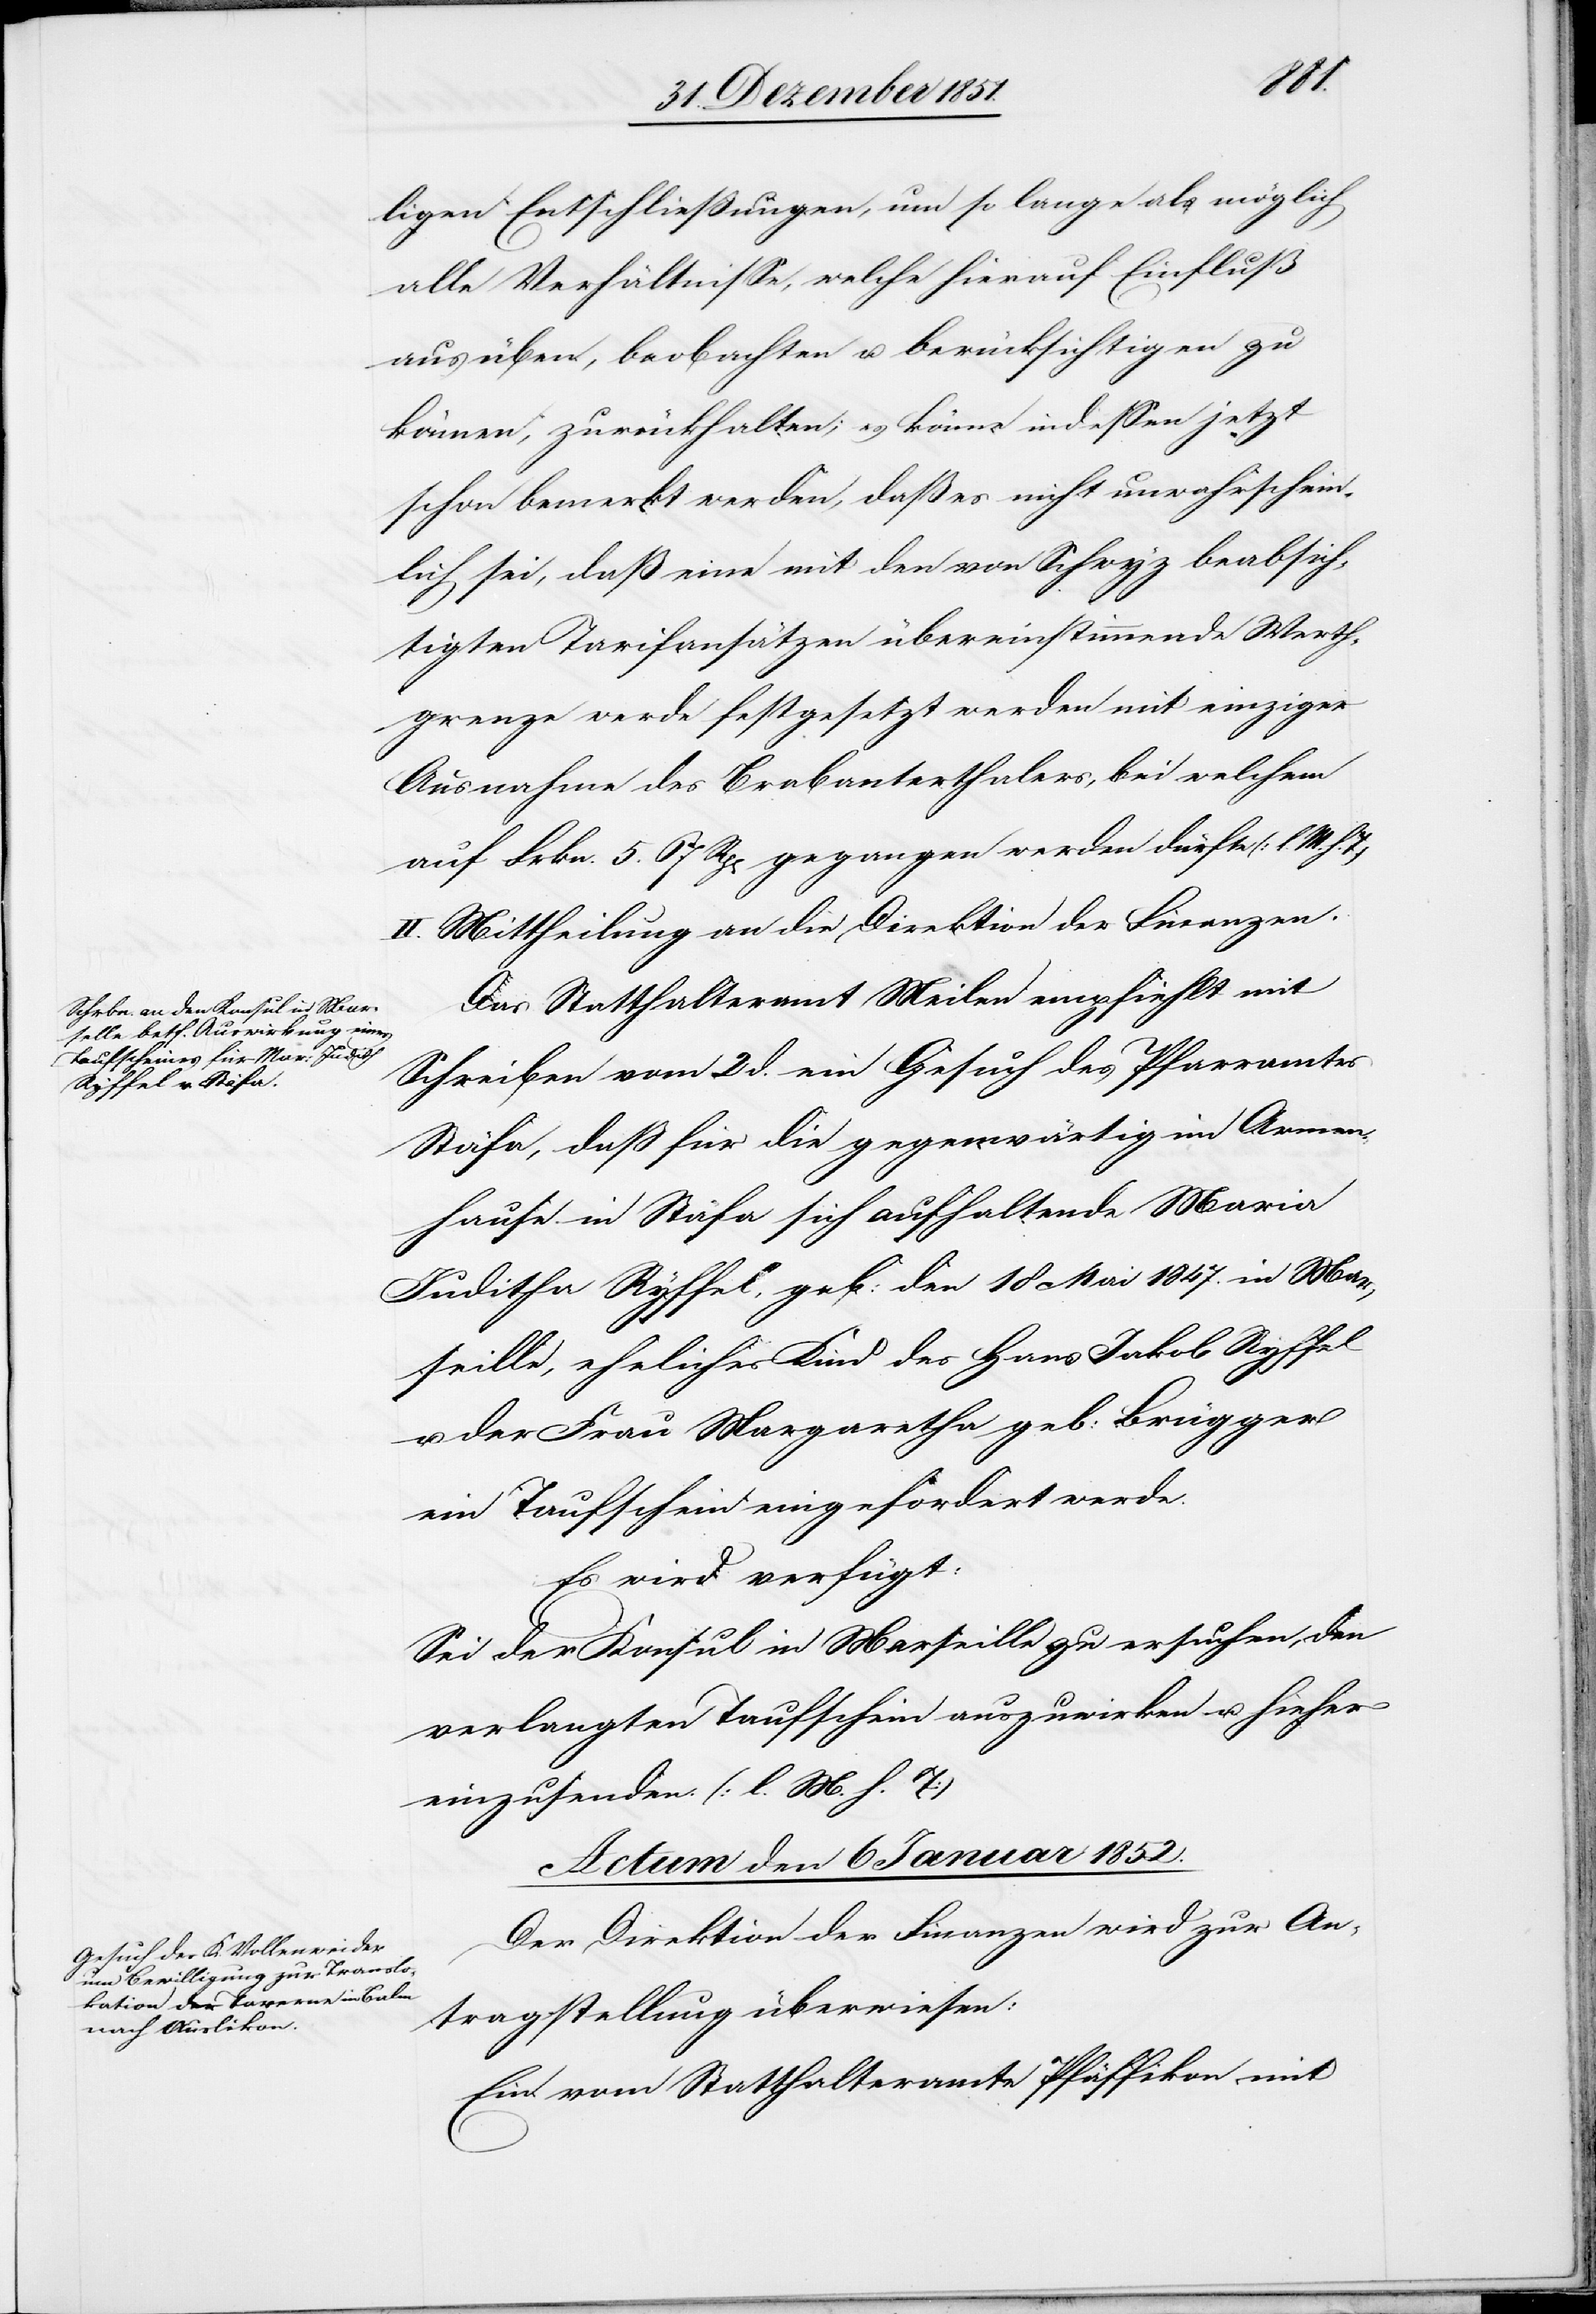
ligen Entschließungen, um so lange als möglich
alle Verhältnisse, welche hierauf Einfluß
ausüben, beobachten u. berücksichtigen zu
können, zurückhalten; es könne indessen jetzt
schon bemerkt werden, daß es nicht unwahrschein¬
lich sei, daß eine mit den von Schwyz beabsich¬
tigten Tarifansätzen übereinstimmende Werth¬
grenze werde festgesetzt werden mit einziger
Ausnahme des Brabanterthalers, bei welchem
auf Frkn. 5. 67 Rp[en] gegangen werden dürfte (l. M. h.
II. Mittheilung an die Direktion der Finanzen.
Das Statthalteramt Meilen empfiehlt mit
Schreiben vom 2 d. ein Gesuch des Pfarramtes
Stäfa, daß für die gegenwärtig im Armen¬
hause in Stäfa sich aufhaltende Maria
[sic!] Ryffel, geb: den 18 Mai 1847. in Mar¬
seille, eheliches Kind des Hans Jakob Ryffel
u. der Frau Margaretha geb: Brügger
ein Taufschein eingefordert werde.
Es wird verfügt:
Sei der Konsul in Marseille zu ersuchen, den
verlangten Taufschein auszuwirken u. hieher
einzusenden. (l. M. h. T)
Actum den 6 Januar 1852.
Der Direktion der Finanzen wird zur An¬
tragstellung überwiesen:
Ein vom Statthalteramte Pfäffikon mit